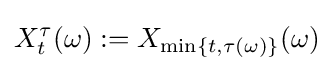
X_{t}^{\tau }(\omega ):=X_{\min\{t,\tau (\omega )\}}(\omega )